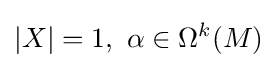
|X|=1,\ \alpha \in \Omega ^{k}(M)